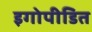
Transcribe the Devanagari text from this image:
इगोपीडित